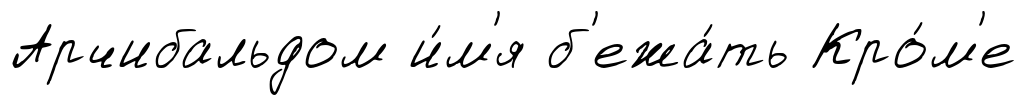
Арчибальдом и́м'я б'ежа́ть Кро́м'е